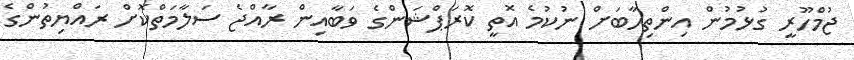
ޖުމްހޫރީ ގުޅުމުން އިންތިހާބަށް ނުކުމެ އޮތީ ކޮރަޕްޝަންގެ ވަބާއިން ރާއްޖެ ސަލާމަތްކޮށް ރައްޔިތުންގެ